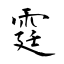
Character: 霆